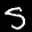
Label: 5